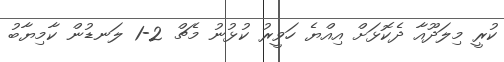
ކުރީ މިލަދޫއާ ދެކޮޅަށް އިއްޔެ ހަވީރު ކުޅުނު މެޗް 2-1 ލަނޑުން ކާމިޔާބު